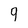
Character: q